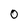
Character: O